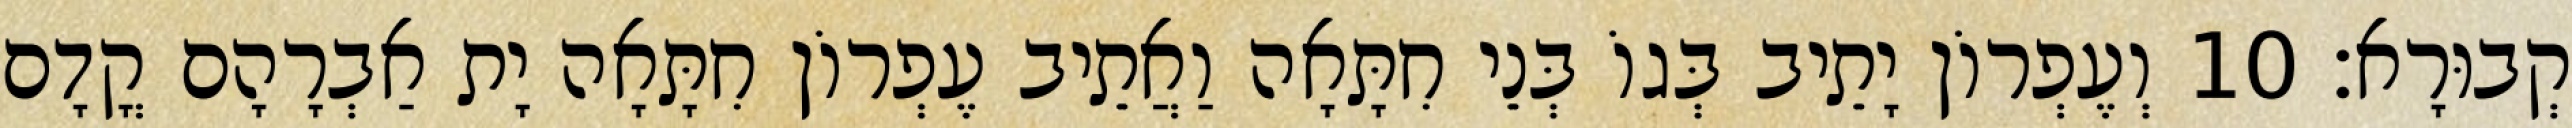
קְבוּרָא׃ 10 וְעֶפְרוֹן יָתֵיב בְּגוֹ בְּנֵי חִתָּאָה וַאֲתֵיב עֶפְרוֹן חִתָּאָה יָת אַבְרָהָם קֳדָם